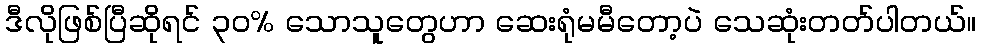
ဒီလိုဖြစ်ပြီဆိုရင် ၃၀% သောသူတွေဟာ ဆေးရုံမမီတော့ပဲ သေဆုံးတတ်ပါတယ်။